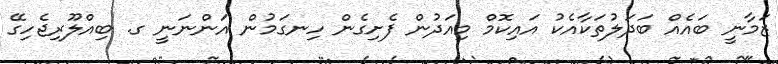
ޒަމާނީ ބައެއް ބަދަލުތަކާއެކު އައިކޮމް މިއަދުން ފެށިގެން ހިނގަމުން އަންނަނީ ގ. ބިއްލޫރިޖެހިގޭ